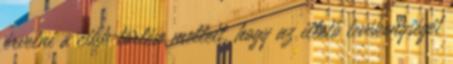
érvelni a cikk törlése mellett, hogy az illető tevékenységét